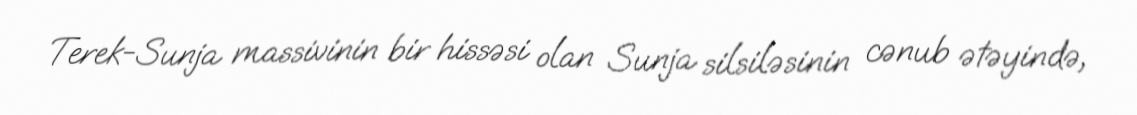
Terek-Sunja massivinin bir hissəsi olan Sunja silsiləsinin cənub ətəyində,